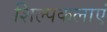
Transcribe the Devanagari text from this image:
शिल्पकलाएं